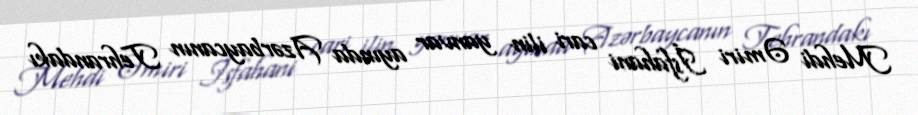
Mehdi Əmiri İsfahani cari ilin yanvar ayında Azərbaycanın Tehrandakı